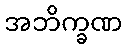
အဘိက္ခဏ